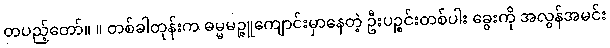
တပည့်တော်။ ။ တစ်ခါတုန်းက ဓမ္မမဉ္ဇူကျောင်းမှာနေတဲ့ ဦးပဉ္စင်းတစ်ပါး ခွေးကို အလွန်အမင်း